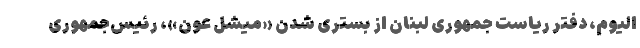
الیوم، دفتر ریاست جمهوری لبنان از بستری شدن «میشل عون»، رئیس‌جمهوری